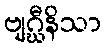
ဗျဂ္ဃီနိသာ